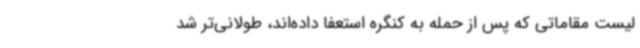
لیست مقاماتی که پس از حمله به کنگره استعفا داده‌اند، طولانی‌تر شد